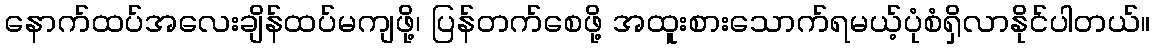
နောက်ထပ်အလေးချိန်ထပ်မကျဖို့၊ ပြန်တက်စေဖို့ အထူးစားသောက်ရမယ့်ပုံစံရှိလာနိုင်ပါတယ်။